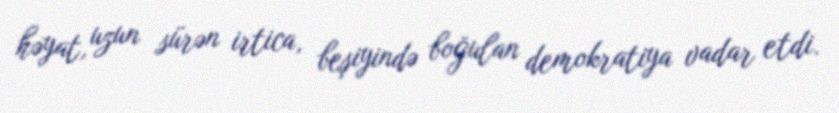
həyat, uzun sürən irtica, beşiyində boğulan demokratiya vadar etdi.